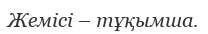
Жемісі – тұқымша.